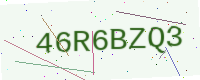
Text: 46R6BZQ3